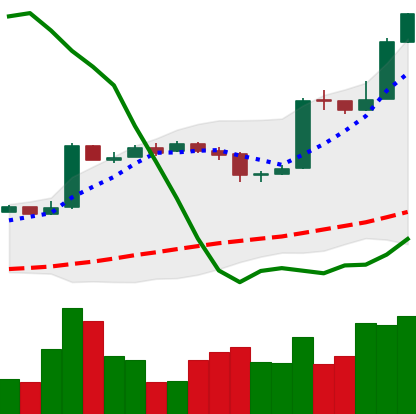
Ticker: BTC-USD
Chart end date: 2016-10-27
Forward return: 6.026%
Label: up_5_7